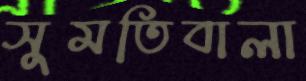
সুমতিবালা